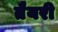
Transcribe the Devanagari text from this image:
तैयरी